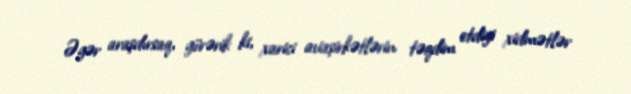
Əgər araşdırsaq, görərik ki, xarici aviaşirkətlərin təqdim etdiyi xidmətlər